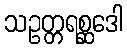
သဥတ္တရစ္ဆဒေါ